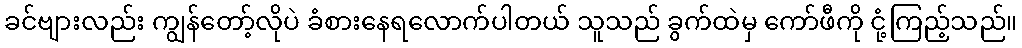
ခင်ဗျားလည်း ကျွန်တော့်လိုပဲ ခံစားနေရလောက်ပါတယ် သူသည် ခွက်ထဲမှ ကော်ဖီကို ငုံ့ကြည့်သည်။